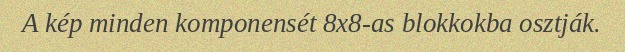
A kép minden komponensét 8x8-as blokkokba osztják.